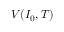
V ( I _ { 0 } , T )